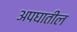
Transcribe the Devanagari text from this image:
अपघातील